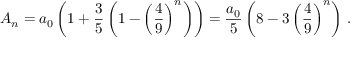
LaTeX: A _ { n } = a _ { 0 } \left( 1 + { \frac { 3 } { 5 } } \left( 1 - \left( { \frac { 4 } { 9 } } \right) ^ { n } \right) \right) = { \frac { a _ { 0 } } { 5 } } \left( 8 - 3 \left( { \frac { 4 } { 9 } } \right) ^ { n } \right) \, .